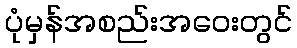
ပုံမှန်အစည်းအဝေးတွင်